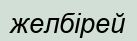
желбірей